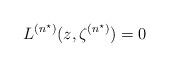
LaTeX: \begin{align*}L^{(n^\star)}(z,\zeta^{(n^\star)})=0\end{align*}